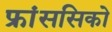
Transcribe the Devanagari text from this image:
फ्रांससिको